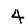
Digit: 4